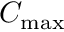
C _ { \mathrm { m a x } }